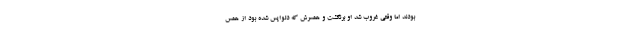
بودند اما وقتی غروب شد او برنگشت و همسرش که دلواپس شده بود از همس